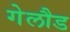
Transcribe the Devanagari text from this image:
गेलौड